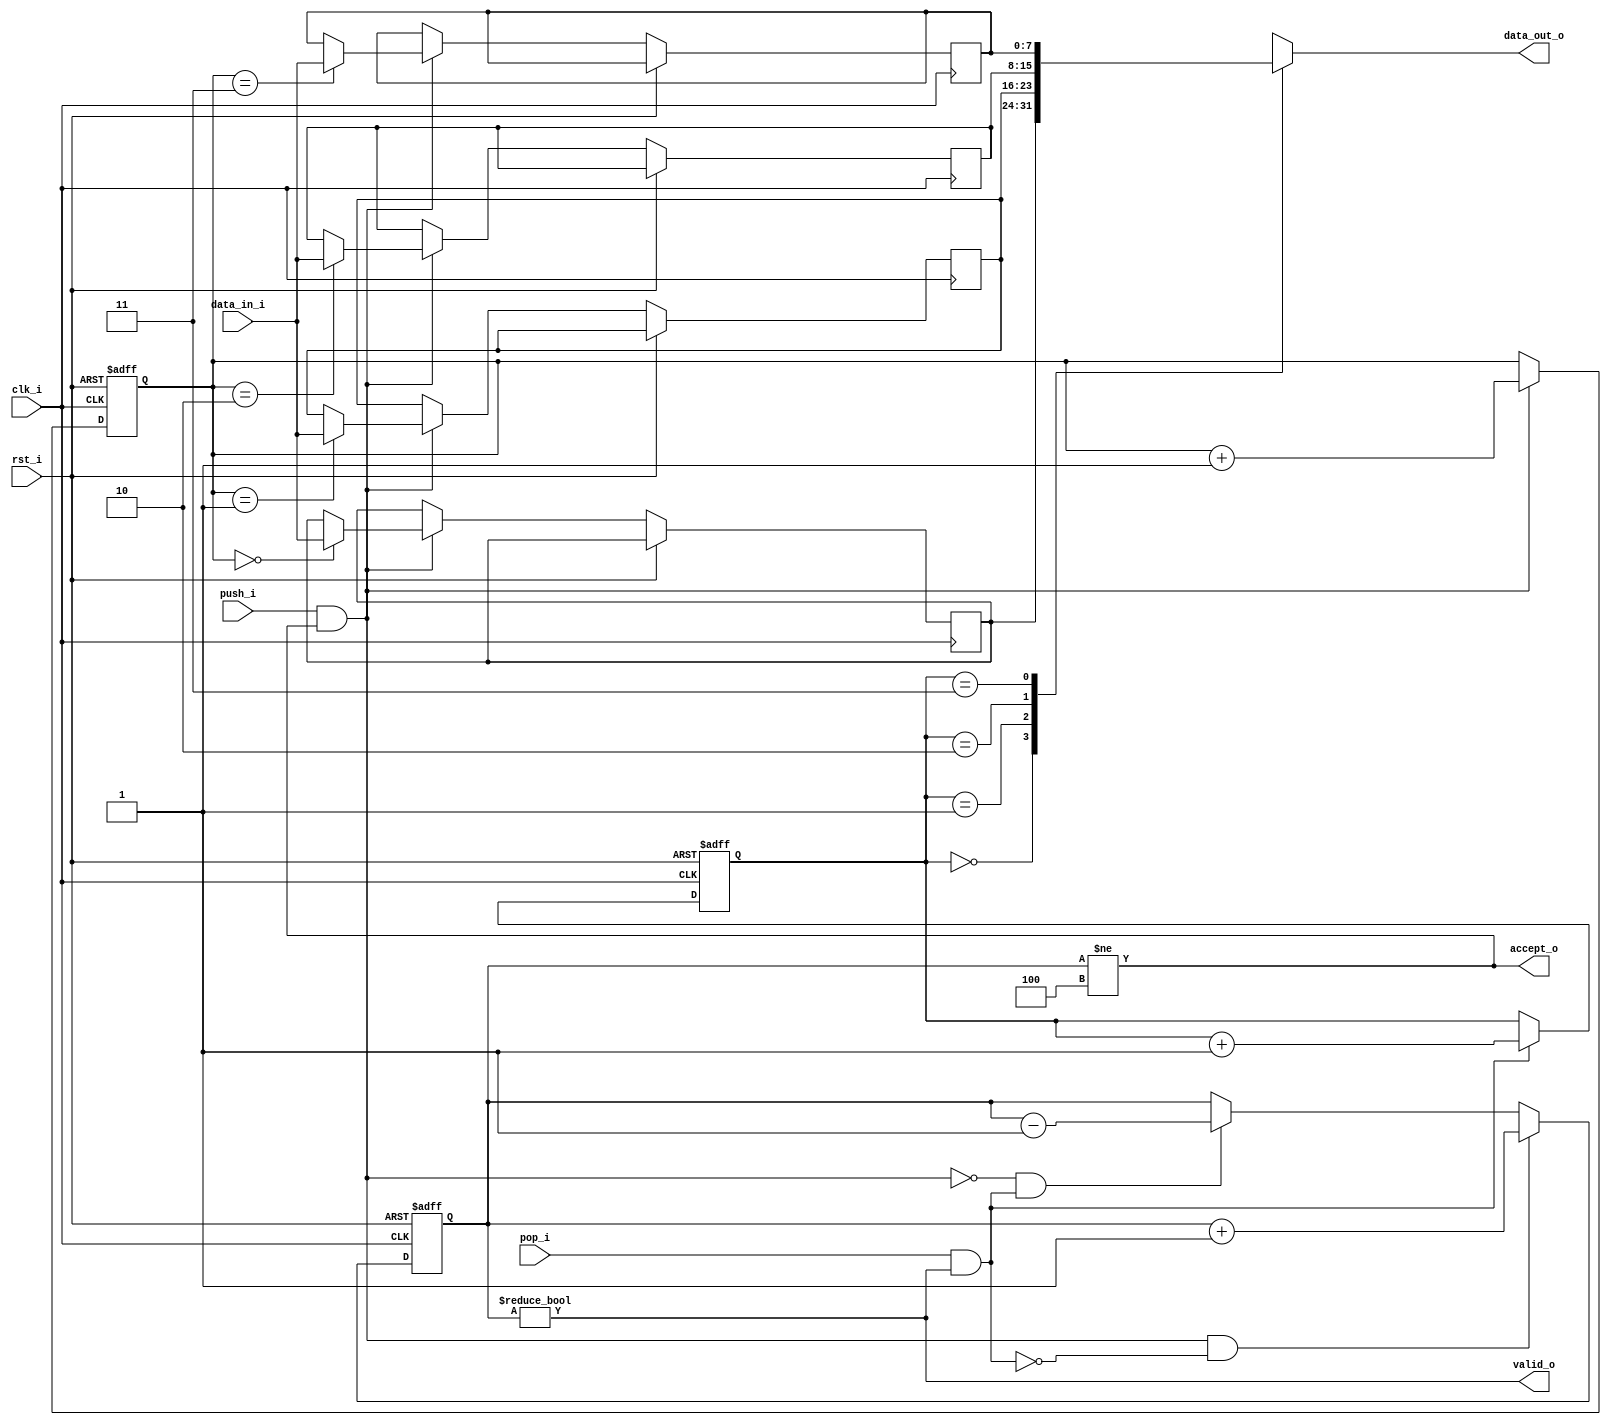
module dcache_axi_fifo
#(
    parameter WIDTH   = 8,
    parameter DEPTH   = 4,
    parameter ADDR_W  = 2
)
(
     input               clk_i
    ,input               rst_i
    ,input  [WIDTH-1:0]  data_in_i
    ,input               push_i
    ,input               pop_i
    ,output [WIDTH-1:0]  data_out_o
    ,output              accept_o
    ,output              valid_o
);
localparam COUNT_W = ADDR_W + 1;
reg [WIDTH-1:0]   ram_q[DEPTH-1:0];
reg [ADDR_W-1:0]  rd_ptr_q;
reg [ADDR_W-1:0]  wr_ptr_q;
reg [COUNT_W-1:0] count_q;
always @ (posedge clk_i or posedge rst_i)
if (rst_i)
begin
    count_q   <= {(COUNT_W) {1'b0}};
    rd_ptr_q  <= {(ADDR_W) {1'b0}};
    wr_ptr_q  <= {(ADDR_W) {1'b0}};
end
else
begin
    if (push_i & accept_o)
    begin
        ram_q[wr_ptr_q] <= data_in_i;
        wr_ptr_q        <= wr_ptr_q + 1;
    end
    if (pop_i & valid_o)
        rd_ptr_q      <= rd_ptr_q + 1;
    if ((push_i & accept_o) & ~(pop_i & valid_o))
        count_q <= count_q + 1;
    else if (~(push_i & accept_o) & (pop_i & valid_o))
        count_q <= count_q - 1;
end
assign valid_o       = (count_q != 0);
assign accept_o      = (count_q != DEPTH);
assign data_out_o    = ram_q[rd_ptr_q];
endmodule